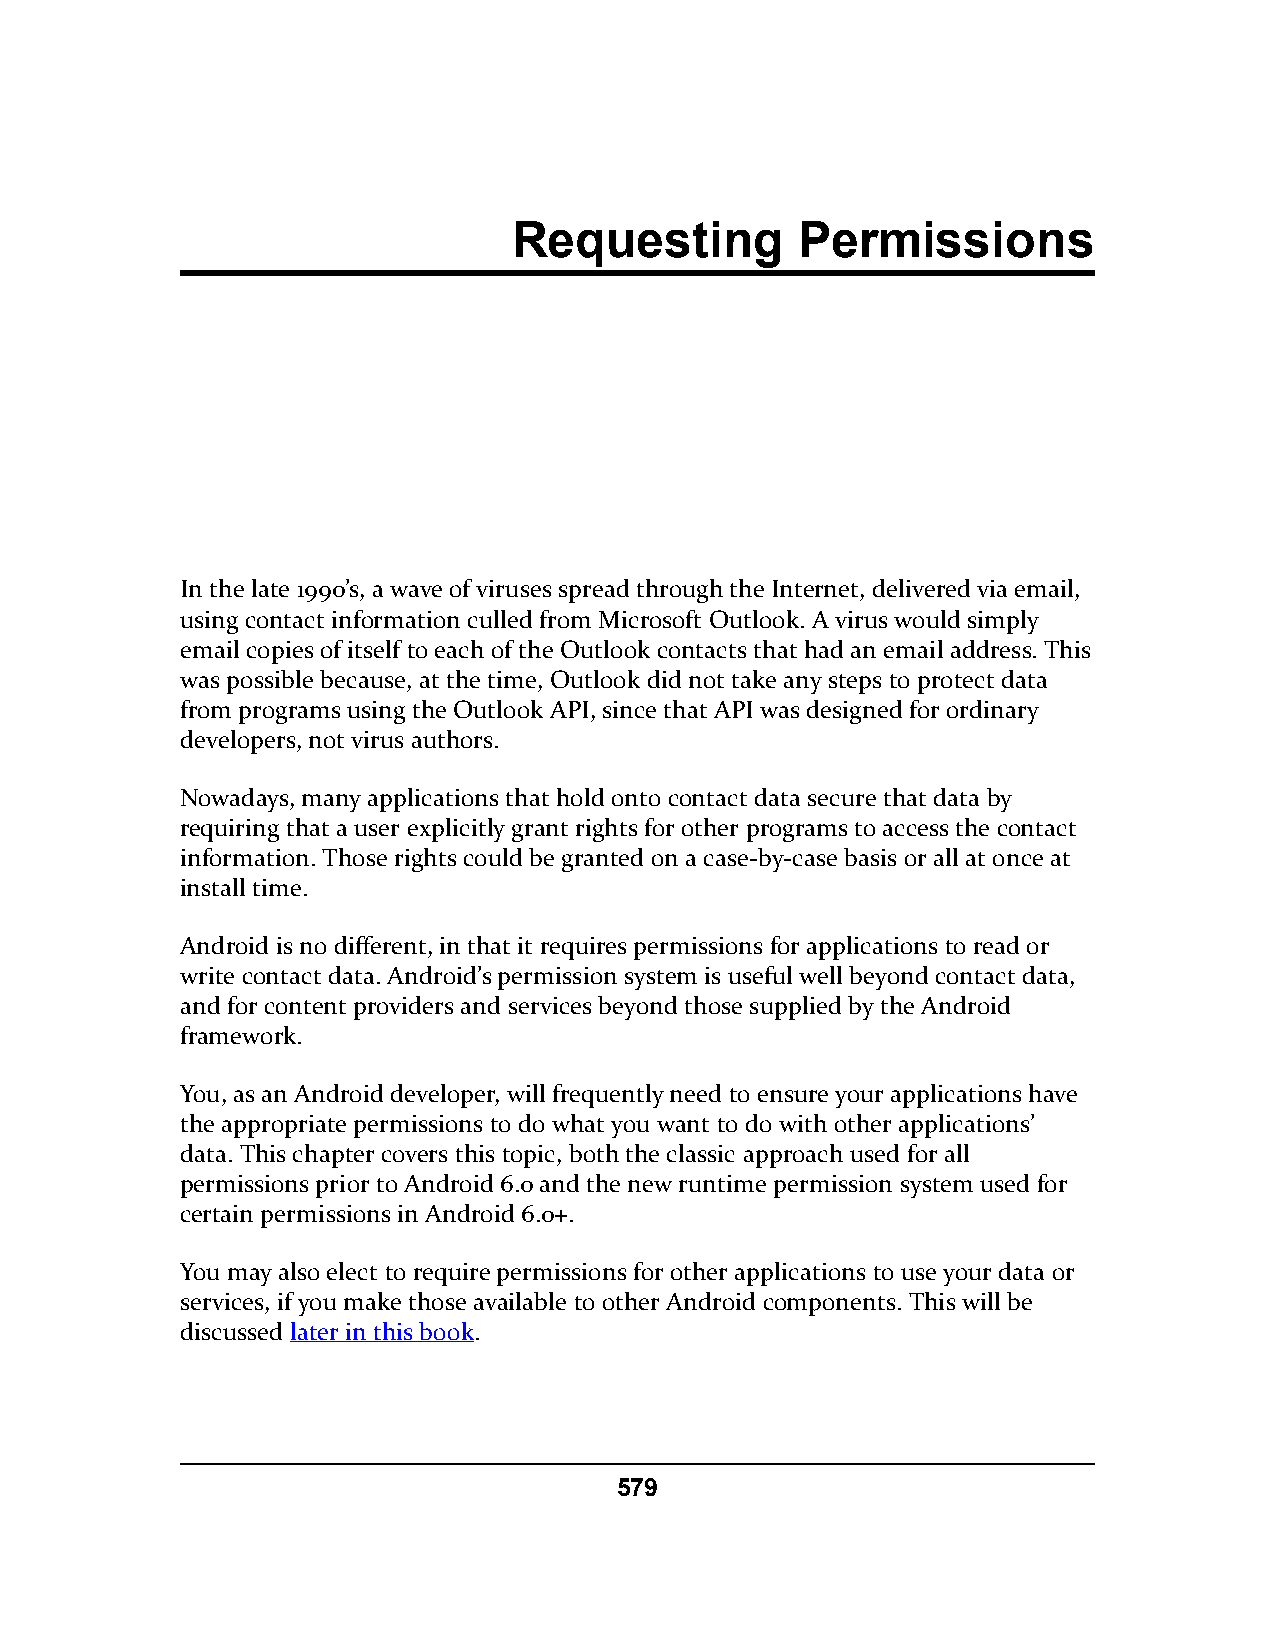
Requesting         Permissions
 In the late 1990’s, a wave of viruses spread through the Internet, delivered via email,
 using contact information culled from Microsoft Outlook. A virus would simply
 email copies of itself to each of the Outlook contacts that had an email address. This
 was possible because, at the time, Outlook did not take any steps to protect data
 from programs using the Outlook API, since that API was designed for ordinary
 developers, not virus authors.
 Nowadays, many applications that hold onto contact data secure that data by
 requiring that a user explicitly grant rights for other programs to access the contact
 information. Those rights could be granted on a case-by-case basis or all at once at
 install time.
 Android is no different, in that it requires permissions for applications to read or
 write contact data. Android’s permission system is useful well beyond contact data,
 and for content providers and services beyond those supplied by the Android
 framework.
 You, as an Android developer, will frequently need to ensure your applications have
 the appropriate permissions to do what you want to do with other applications’
 data. This chapter covers this topic, both the classic approach used for all
 permissions prior to Android 6.0 and the new runtime permission system used for
 certain permissions in Android 6.0+.
 You may also elect to require permissions for other applications to use your data or
 services, if you make those available to other Android components. This will be
 discussed later in this book.
 579